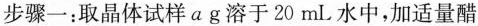
步骤一；取晶体试样a g溶于20mI。水中，加适量醋